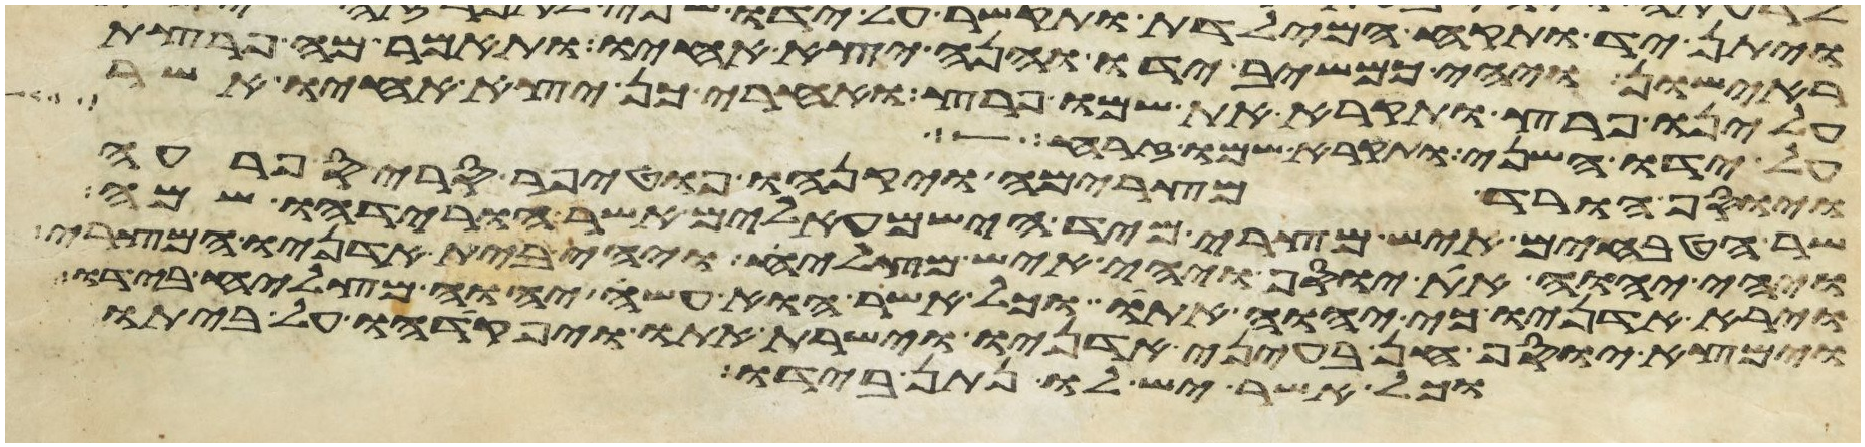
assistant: ראישון ויהי כמשיב ידו והנה יצא אחיו ותאמר מה פרצת
עלינו פרץ ותקרא את שמו פרץ ואחרי כן יצא אחיו אשר
על ידו השני ותקרא שמו זרח
ויוסף הורד מצרימה ויקנהו פוטיפר סריס פרעה
שר הטבחים איש מצרי מיד הישמעאלים אשר הורידהו שמה
ויהי יהוה את יוסף ויהי איש מצליח ויהי בית אדניו המצרי
וירא אדניו כי יהוה אתו וכל אשר הוא עשה יהוה מצליח בידו
וימצא יוסף חן בעיני אדניו וישרת אתו ויפקדהו על ביתו
וכל אשר יש לו נתן בידו